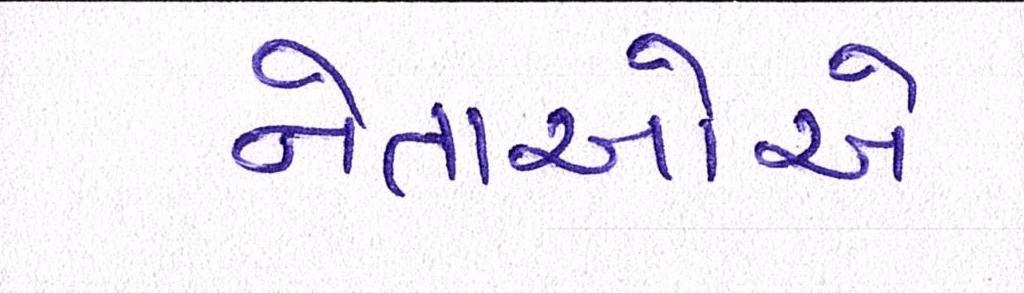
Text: નેતાઓએ